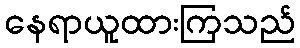
နေရာယူထားကြသည်